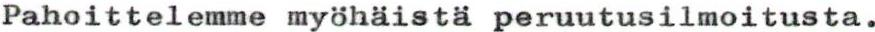
Pahoittelemme myöhäistä peruutusilmoitusta.